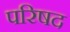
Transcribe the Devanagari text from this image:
परिषद